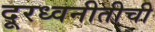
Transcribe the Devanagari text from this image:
दूरध्वनीतीची